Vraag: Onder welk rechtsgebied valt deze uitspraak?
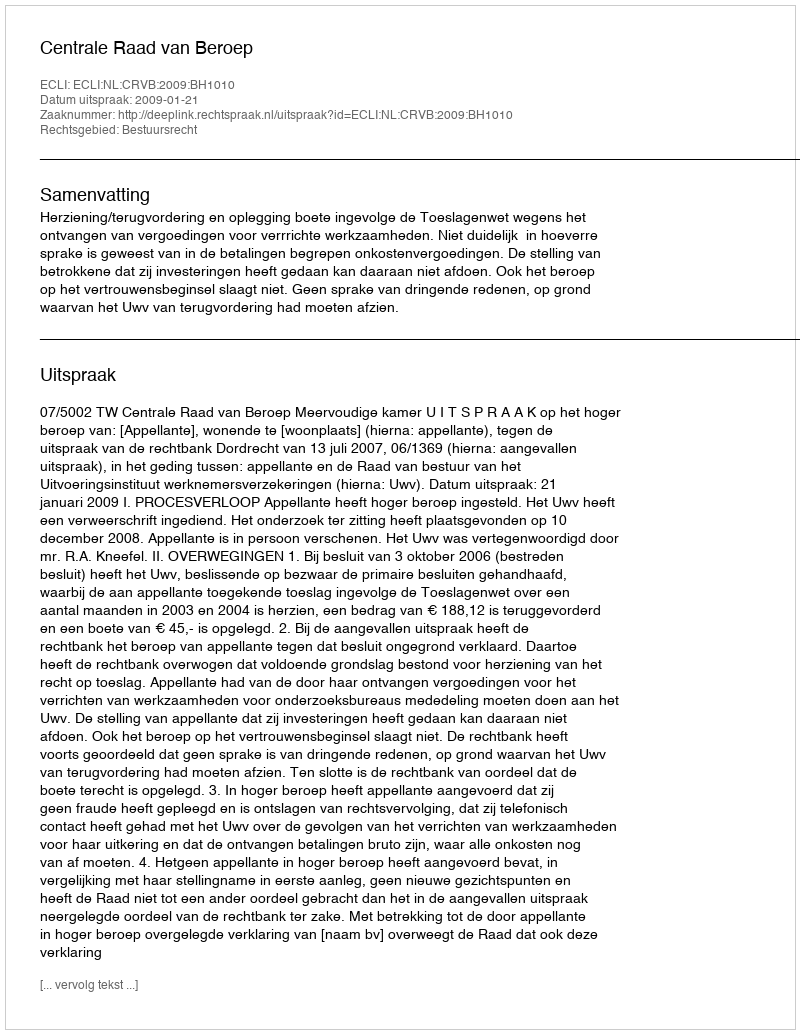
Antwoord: Bestuursrecht